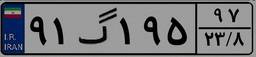
۹۱گ۱۹۵۹۷